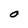
Character: O